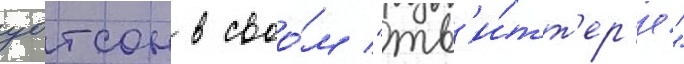
уотсон в своо́м "тв'и́тт'ер'е"